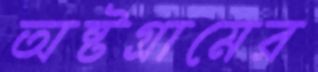
অষ্টগ্রামের